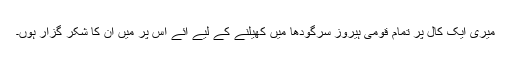
میری ایک کال پر تمام قومی ہیروز سرگودھا میں کھیلنے کے لیے آئے اس پر میں ان کا شکر گزار ہوں۔